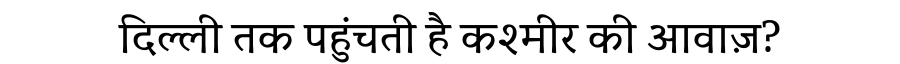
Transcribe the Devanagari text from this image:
दिल्ली तक पहुंचती है कश्मीर की आवाज़?